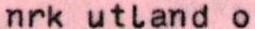
nrk utland o